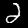
Digit: 2